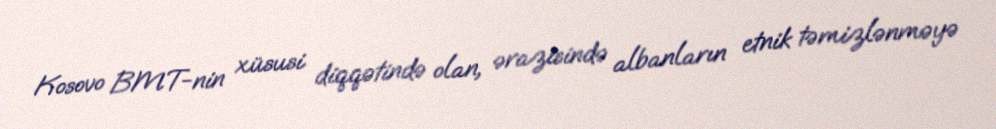
Kosovo BMT-nin xüsusi diqqətində olan, ərazisində albanların etnik təmizlənməyə